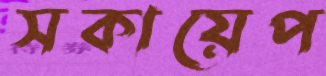
সকায়েপ